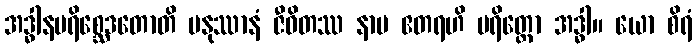
အဒ္ဓါနပရိစ္ဆေဒတောတိ မနုဿာနံ ဇီဝိတဿ နာမ ဧတရဟိ ပရိတ္တော အဒ္ဓါ။ ယော စိရံ